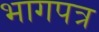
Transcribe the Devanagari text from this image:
भागपत्र